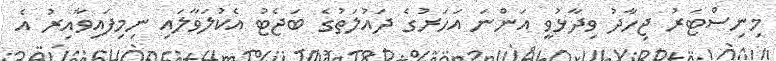
މިނިސްޓަރު ޖިހާދު ވިދާޅުވީ އަންނަ އަހަރުގެ ދައުލަތުގެ ބަޖެޓު އެކުލަވާލައި ނިމިފައިވާއިރު އެ